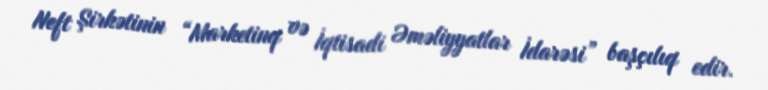
Neft Şirkətinin “Marketinq və İqtisadi Əməliyyatlar İdarəsi” başçılıq edir.